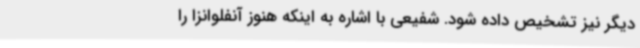
دیگر نیز تشخیص داده شود. شفیعی با اشاره به اینکه هنوز آنفلوانزا را